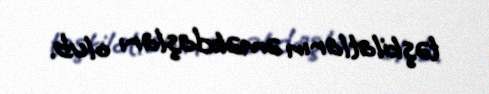
təşkilatların əməkdaşları olub.